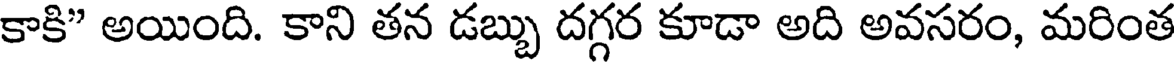
కాకి" అయింది. కాని తన డబ్బు దగ్గర కూడా అది అవసరం, మరింత